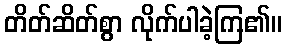
တိတ်ဆိတ်စွာ လိုက်ပါခဲ့ကြ၏။